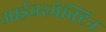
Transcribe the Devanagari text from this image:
आईवरमेक्टिन